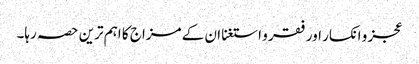
عجز و انکسار اور فقر و استغنا ان کے مزاج کا اہم ترین حصہ رہا۔